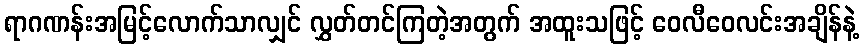
ရာဂဏန်းအမြင့်လောက်သာလျှင် လွှတ်တင်ကြတဲ့အတွက် အထူးသဖြင့် ဝေလီဝေလင်းအချိန်နဲ့